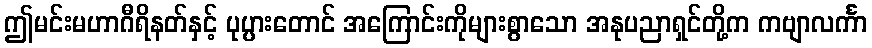
ဤမင်းမဟာဂီရိနတ်နှင့် ပုပ္ပားတောင် အကြောင်းကိုများစွာသော အနုပညာရှင်တို့က ကဗျာလင်္ကာ